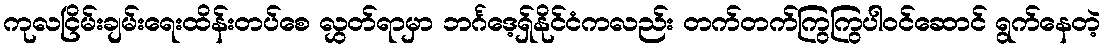
ကုလငြိမ်းချမ်းရေးထိန်းတပ်စေ လွှတ်ရာမှာ ဘင်္ဂဒေ့ရှ်နိုင်ငံကလည်း တက်တက်ကြွကြွပါဝင်ဆောင် ရွက်နေတဲ့